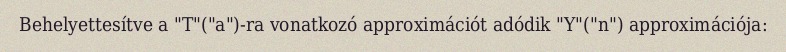
Behelyettesítve a "T"("a")-ra vonatkozó approximációt adódik "Y"("n") approximációja: